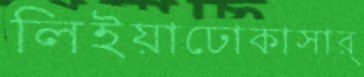
লিইয়াঢোকাসার্